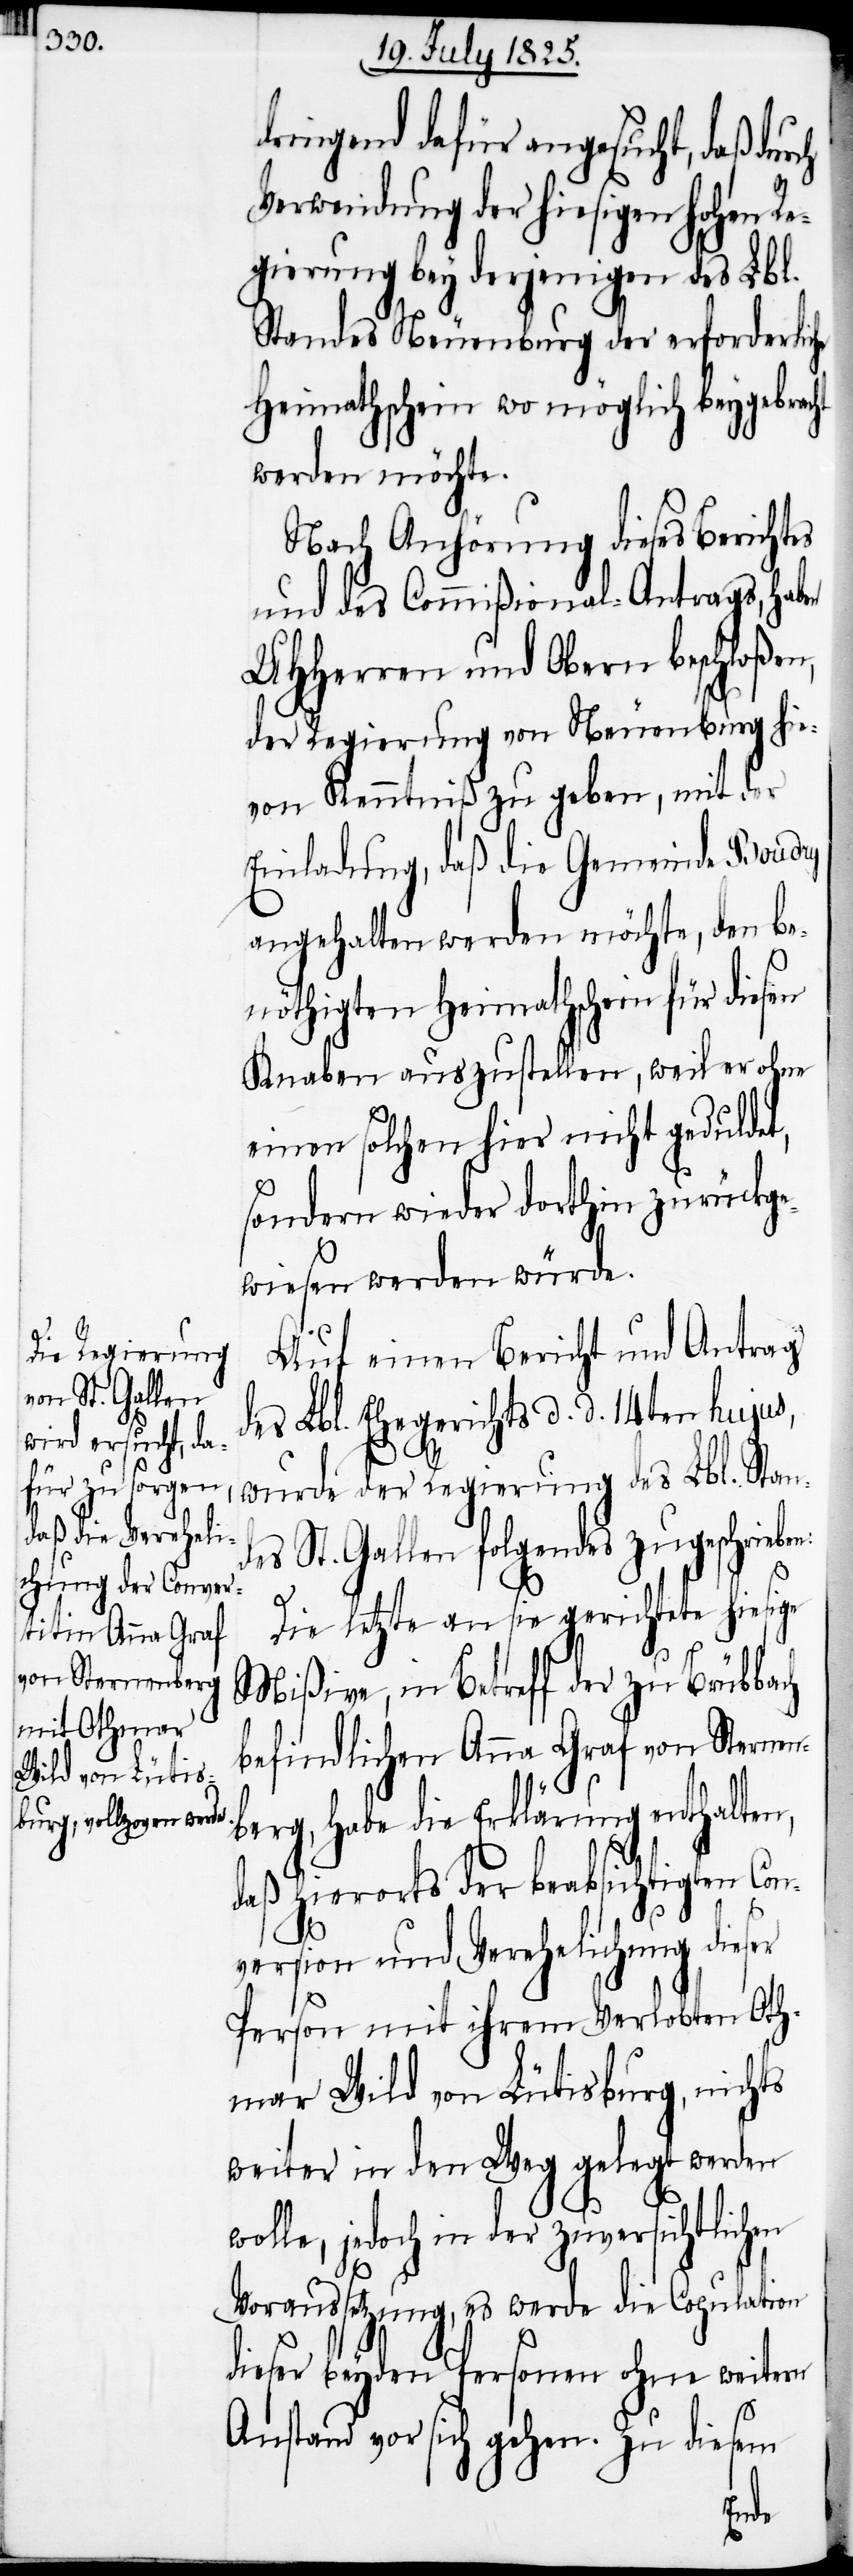
dringend dafür angesucht, daß dur¬
Verwendung der hiesigen hohen Re¬
gierung bey derjenigen des Lbl.
Standes Neuenburg der erforderliche
Heimathschein wo möglich beygebracht
werden möchte.
Nach Anhörung dieses Berichtes
und des Commißional-Antrags, haben
UHHerren und Obern beschloßen,
der Regierung von Neuenburg hie¬
von Kenntniß zu geben, mit der
Einladung, daß die Gemeinde Boudry
angehalten werden möchte, den be¬
nöthigten Heimathschein für diesen
Knaben auszustellen, weil er ohne
einen solche hier nicht geduldet,
sondern wieder dorthin zurückge¬
wiesen werden würde.
Auf einen Bericht und Antrag
des Lbl. Ehegerichts d. d. 14ten hujus,
wurde der Regierung des Lbl. Stand¬
es St. Gallen folgendes zugeschrieb¬
Die letzte an sie gerichtete hiesige
Mißive, in Betreff der zu Brübbach
befindlichen Anna Graf von Sternen¬
berg, habe die Erklärung enthalten,
daß hierorts der beabsichtigten Co¬
nversion und Verehelichung dieser
Person mit ihrem Verlobten Oth¬
mar Wild von Lütisburg, nichts
weiter in den Weg gelegt werden
jedoch in der zuversichtlichen
Voraussetzung, es werde die Copulation
dieser beyden Personen ohne weitern
Anstand vor sich gehen. Zu diesem
en: